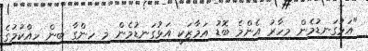
"އަޅުގަނޑުމެން މިހާރު އެންމެ ބޮޑު އަމާޒަކީ އަޅުގަނޑުމެން މި ހިންގާ ބިން ހިއްކުމުގެ